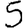
Digit: 5